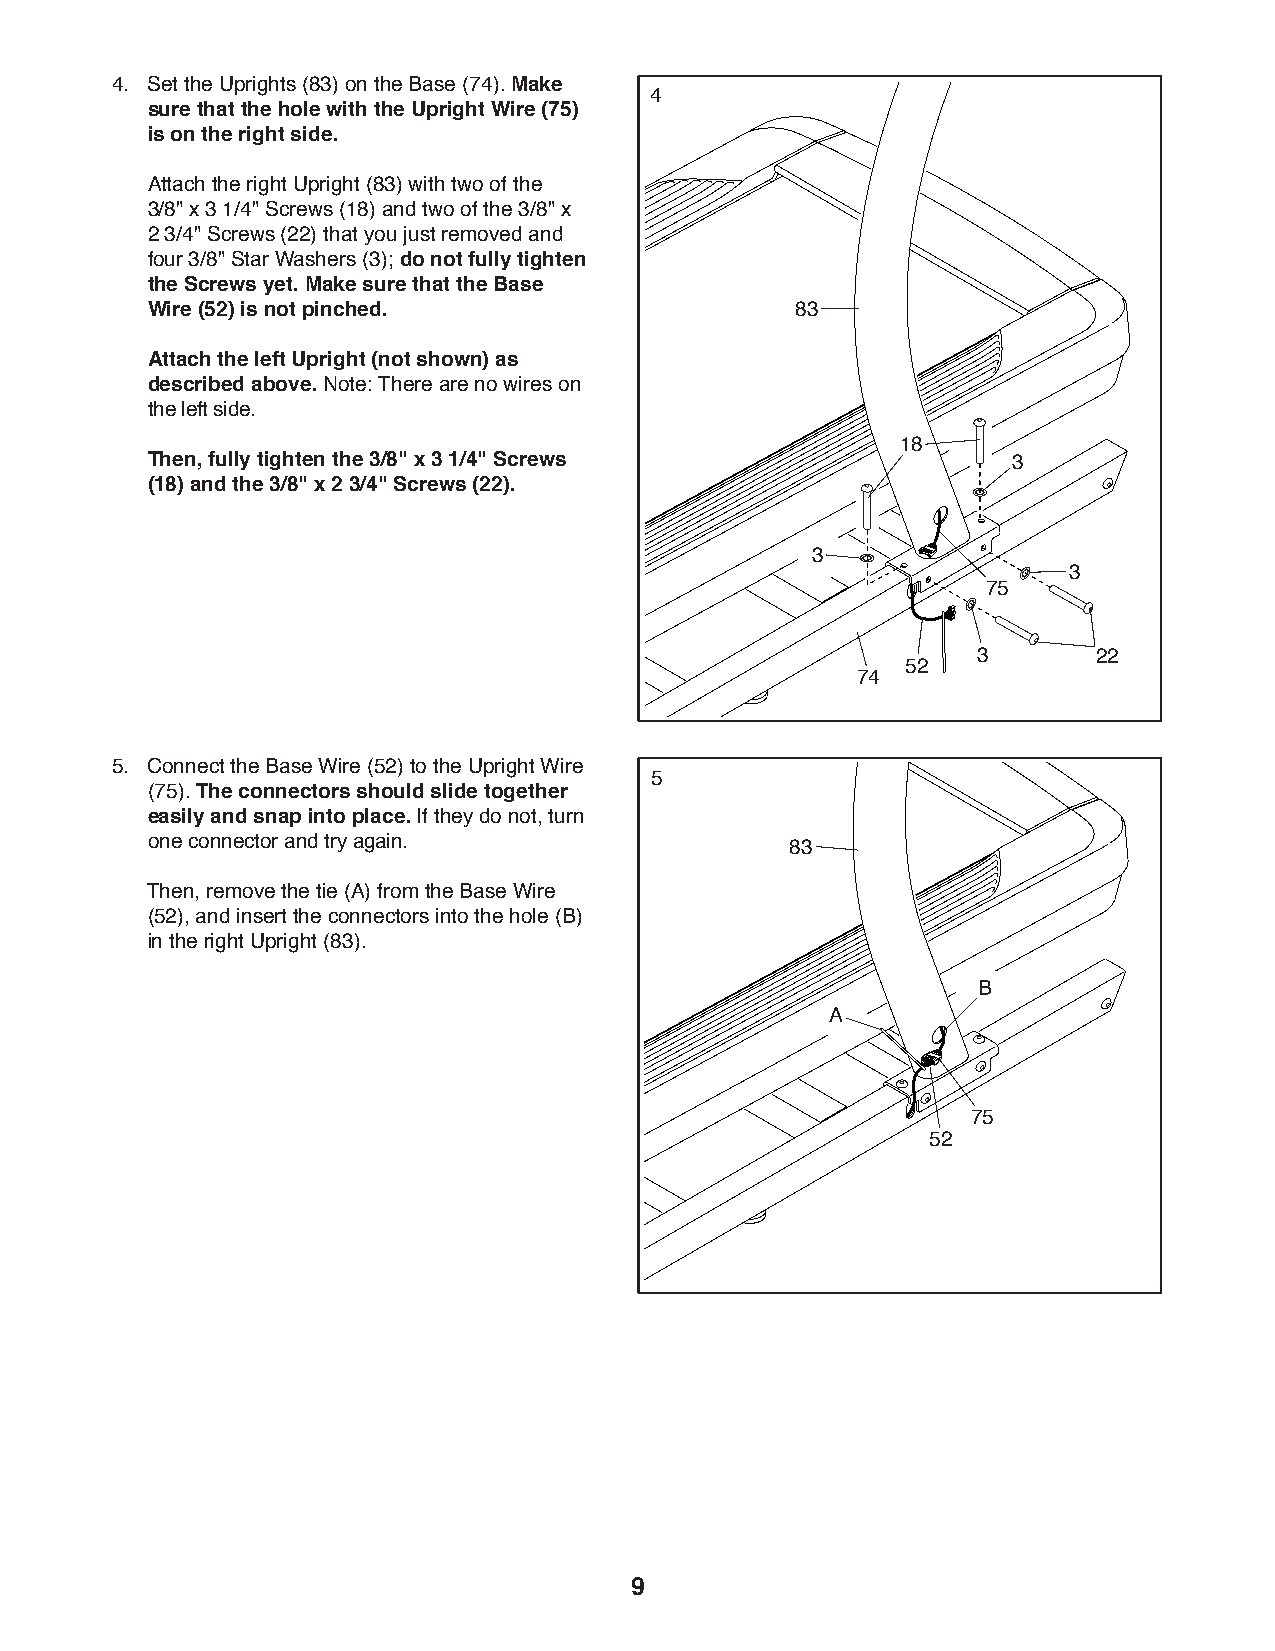
4. Set the Uprights (83) on the Base (74). Make
 4
 sure that the hole with the Upright Wire (75)
 is on the right side.
 A ttach the right Upright (83) with two of the
 3/8" x 3 1/4" Screws (18) and two of the 3/8" x
 2 3/4" Screws (22) that you just removed and
 four 3/8" Star Washers (3); do not fully tighten
 the Screws yet. Make sure that the Base
 Wire (52) is not pinched.                  83
 Attach the left Upright (not shown) as
 described above. Note: There are no wires on
 the left side.
 18
 Then, fully tighten the 3/8" x 3 1/4" Screws             3
 (18) and the 3/8" x 2 3/4" Screws (22).
 3
 3
 75
 3       22
 52
 74
 5. Connect the Base Wire (52) to the Upright Wire
 5
 (75). The connectors should slide together
 easily and snap into place. If they do not, turn
 one connector and try again.
 83
 Then, remove the tie (A) from the Base Wire
 (52), and insert the connectors into the hole (B)
 in the right Upright (83).
 B
 A
 75
 52
 9